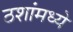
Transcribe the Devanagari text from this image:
ठशांमध्ये